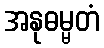
အနုဓမ္မတံ